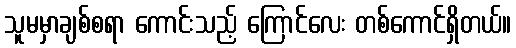
သူမမှာချစ်စရာ ကောင်းသည့် ကြောင်လေး တစ်ကောင်ရှိတယ်။